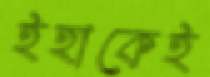
ইহাকেই